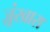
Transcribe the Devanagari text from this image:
ज़ूंखारा